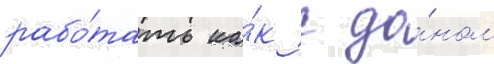
рабо́тать ка́к с до́ном